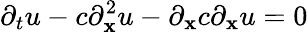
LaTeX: \partial_{t}u-c\partial_{\mathbf{x}}^{2}u-\partial_{\mathbf{x}}c\partial_{\mathbf{x}}u=0